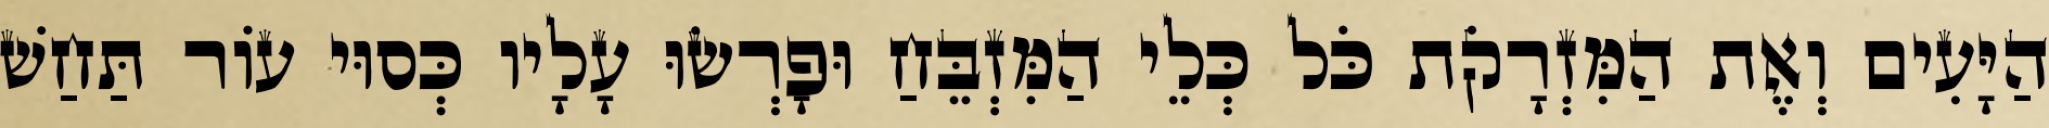
הַיָּעִים וְאֶת הַמִּזְרָקֹת כֹּל כְּלֵי הַמִּזְבֵּחַ וּפָרְשׂוּ עָלָיו כְּסוּי עוֹר תַּחַשׁ